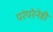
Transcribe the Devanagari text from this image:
परंपरेनेही